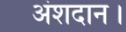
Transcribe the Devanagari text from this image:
अंशदान।